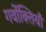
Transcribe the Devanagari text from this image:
गर्वोक्तियाँ